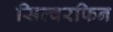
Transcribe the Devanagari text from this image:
सिल्वरफिन